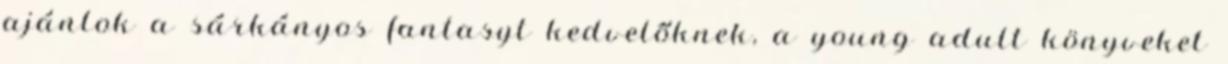
ajánlok a sárkányos fantasyt kedvelőknek, a young adult könyveket